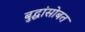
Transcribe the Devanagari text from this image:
बुद्धांसोबत